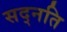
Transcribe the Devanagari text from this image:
सद्नति